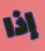
إذا